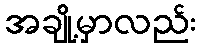
အချို့မှာလည်း